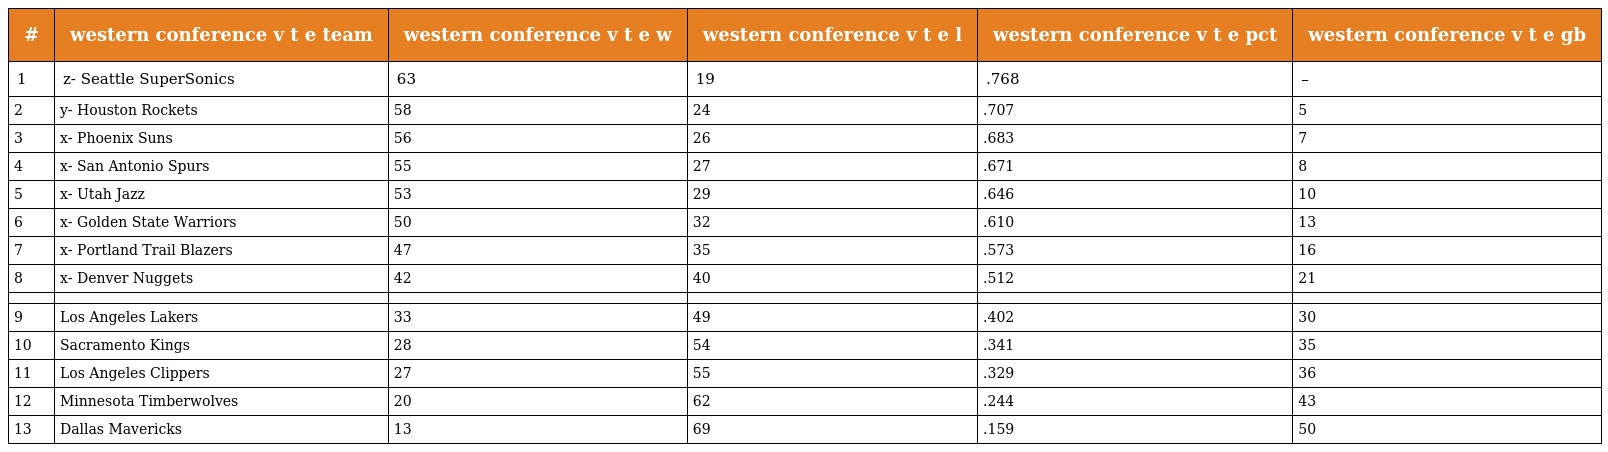
| # | western conference v t e team | western conference v t e w | western conference v t e l | western conference v t e pct | western conference v t e gb |
 | --- | --- | --- | --- | --- | --- |
 | 1 | z- Seattle SuperSonics | 63 | 19 | .768 | – |
 | 2 | y- Houston Rockets | 58 | 24 | .707 | 5 |
 | 3 | x- Phoenix Suns | 56 | 26 | .683 | 7 |
 | 4 | x- San Antonio Spurs | 55 | 27 | .671 | 8 |
 | 5 | x- Utah Jazz | 53 | 29 | .646 | 10 |
 | 6 | x- Golden State Warriors | 50 | 32 | .610 | 13 |
 | 7 | x- Portland Trail Blazers | 47 | 35 | .573 | 16 |
 | 8 | x- Denver Nuggets | 42 | 40 | .512 | 21 |
 |  |  |  |  |  |  |
 | 9 | Los Angeles Lakers | 33 | 49 | .402 | 30 |
 | 10 | Sacramento Kings | 28 | 54 | .341 | 35 |
 | 11 | Los Angeles Clippers | 27 | 55 | .329 | 36 |
 | 12 | Minnesota Timberwolves | 20 | 62 | .244 | 43 |
 | 13 | Dallas Mavericks | 13 | 69 | .159 | 50 |